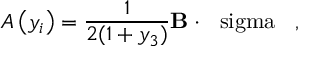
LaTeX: { \cal A } \left( y _ { i } \right) = \frac { 1 } { 2 ( 1 + y _ { 3 } ) } { \bf B } \cdot \mathrm { \boldmath ~ \ s i g m a ~ } \; \; ,